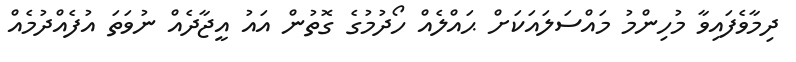
ދިމާވެފައިވާ މުހިންމު މައްސަލައަކަށް ޙައްލެއް ހޯދުމުގެ ގޮތުން އައު އީޖާދެއް ނުވަތަ އުފެއްދުމެއް